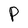
Character: P